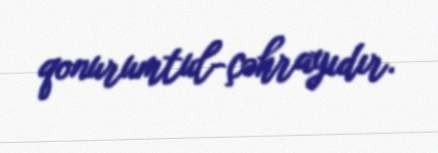
qonurumtul-çəhrayıdır.